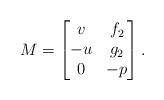
LaTeX: \begin{align*}M = \left[\begin{matrix}v & f_2 \\-u & g_2 \\ 0 & -p\end{matrix} \right].\end{align*}